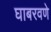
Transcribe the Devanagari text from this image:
घाबरवणे